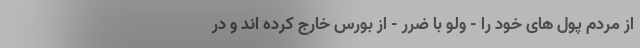
از مردم پول های خود را - ولو با ضرر - از بورس خارج کرده اند و در